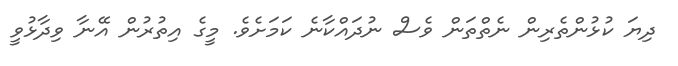
ދިޔަ ކުޅުންތެރިން ނެތްތަން ވެސް ނުދައްކާނެ ކަމަށެވެ. މީގެ އިތުރުން އޭނާ ވިދާޅުވީ